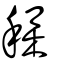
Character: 穕